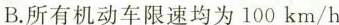
B.所有机动车限速均为100km/h